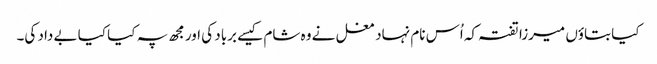
کیا بتاؤں میرزا تفتہ کہ اُس نام نہاد مغل نے وہ شام کیسے برباد کی اور مجھ پہ کیا کیا بے داد کی۔